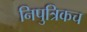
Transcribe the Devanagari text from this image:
निपुत्रिकच